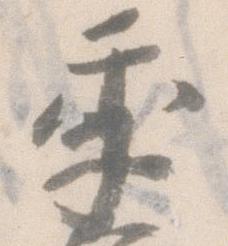
季